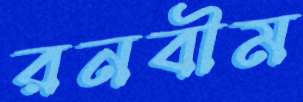
রনবীম